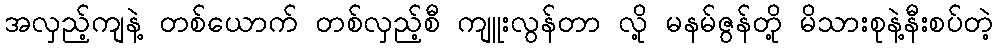
အလှည့်ကျနဲ့ တစ်ယောက် တစ်လှည့်စီ ကျူးလွန်တာ လို့ မနမ်ဇွန်တို့ မိသားစုနဲ့နီးစပ်တဲ့